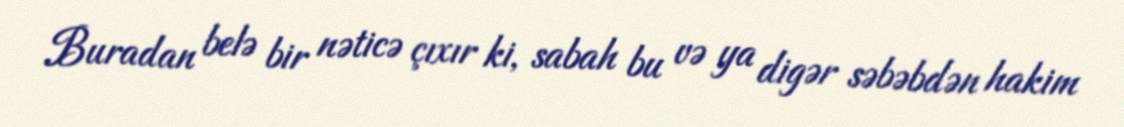
Buradan belə bir nəticə çıxır ki, sabah bu və ya digər səbəbdən hakim